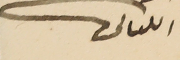
اللبنانى